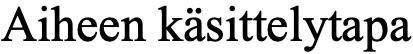
Aiheen käsittelytapa